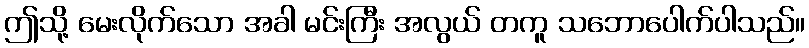
ဤသို့ မေးလိုက်သော အခါ မင်းကြီး အလွယ် တကူ သဘောပေါက်ပါသည်။